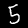
Digit: 5